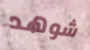
شوهد